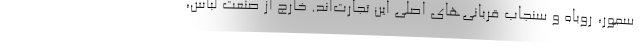
سمور، روباه و سنجاب قربانی‌های اصلی این تجارت‌اند. خارج از صنعت لباس،